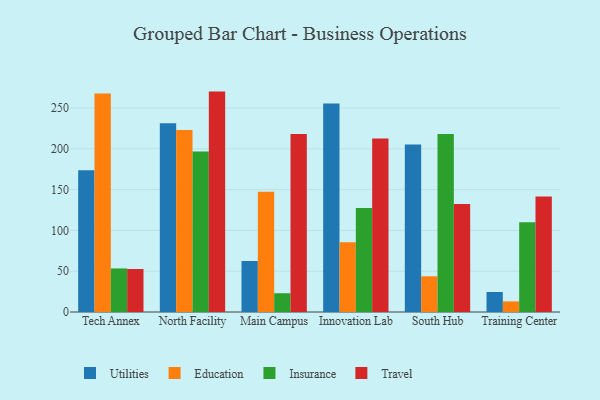
{"axis": {"x": "Campus", "y": "Tickets Resolved"}, "legend": ["Education", "Insurance", "Travel", "Utilities"], "data": [{"x": "Tech Annex", "y": 173.6, "type": "Utilities"}, {"x": "Tech Annex", "y": 267.8, "type": "Education"}, {"x": "Tech Annex", "y": 53.4, "type": "Insurance"}, {"x": "Tech Annex", "y": 52.7, "type": "Travel"}, {"x": "North Facility", "y": 231.2, "type": "Utilities"}, {"x": "North Facility", "y": 223.0, "type": "Education"}, {"x": "North Facility", "y": 196.6, "type": "Insurance"}, {"x": "North Facility", "y": 270.1, "type": "Travel"}, {"x": "Main Campus", "y": 62.5, "type": "Utilities"}, {"x": "Main Campus", "y": 147.4, "type": "Education"}, {"x": "Main Campus", "y": 23.0, "type": "Insurance"}, {"x": "Main Campus", "y": 218.0, "type": "Travel"}, {"x": "Innovation Lab", "y": 255.4, "type": "Utilities"}, {"x": "Innovation Lab", "y": 85.5, "type": "Education"}, {"x": "Innovation Lab", "y": 127.5, "type": "Insurance"}, {"x": "Innovation Lab", "y": 212.5, "type": "Travel"}, {"x": "South Hub", "y": 205.3, "type": "Utilities"}, {"x": "South Hub", "y": 43.8, "type": "Education"}, {"x": "South Hub", "y": 218.2, "type": "Insurance"}, {"x": "South Hub", "y": 132.3, "type": "Travel"}, {"x": "Training Center", "y": 24.5, "type": "Utilities"}, {"x": "Training Center", "y": 13.0, "type": "Education"}, {"x": "Training Center", "y": 109.9, "type": "Insurance"}, {"x": "Training Center", "y": 141.5, "type": "Travel"}]}